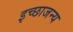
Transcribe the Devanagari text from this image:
इच्छाजन्य